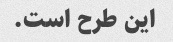
این طرح است.